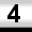
Digit: 4